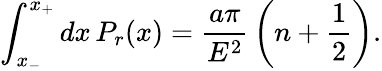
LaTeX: \int_{x_{-}}^{x_{+}}dx\, P_{r}(x)={\frac{a\pi}{E^{2}}}\left(n+\frac 12\right).